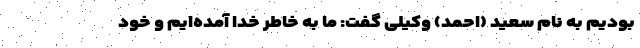
بودیم به نام سعید (احمد) وکیلی گفت: ما به خاطر خدا آمده‌ایم و خود